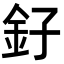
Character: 釨